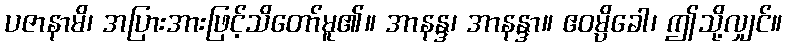
ပဇာနာမိ၊ အပြားအားဖြင့်သိတော်မူ၏။ အာနန္ဒ၊ အာနန္ဒာ။ ဧဝမ္ပိခေါ၊ ဤသို့လျှင်။